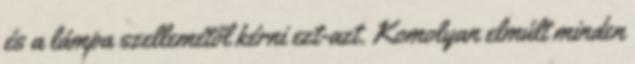
és a lámpa szellemétől kérni ezt-azt. Komolyan elmúlt minden